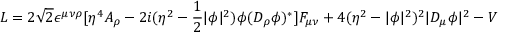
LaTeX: { \cal L } = 2 \sqrt { 2 } \epsilon ^ { \mu \nu \rho } [ \eta ^ { 4 } A _ { \rho } - 2 i ( \eta ^ { 2 } - \frac { 1 } { 2 } \vert \phi \vert ^ { 2 } ) \phi ( D _ { \rho } \phi ) ^ { * } ] F _ { \mu \nu } + 4 ( \eta ^ { 2 } - \vert \phi \vert ^ { 2 } ) ^ { 2 } \vert D _ { \mu } \phi \vert ^ { 2 } - V